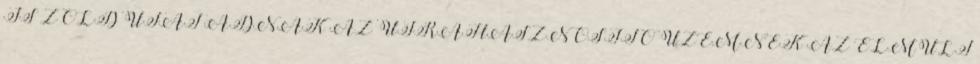
IS ZÖLD UTAT ADNAK AZ ÚJRAHASZNOSÍTÓ ÜZEMNEK AZ ELMÚLT